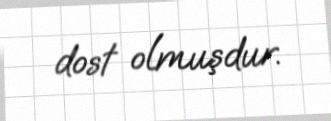
dost olmuşdur.